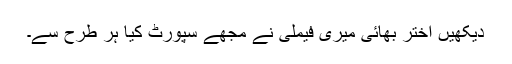
دیکھیں اختر بھائی میری فیملی نے مجھے سپورٹ کیا ہر طرح سے۔